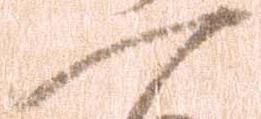
一